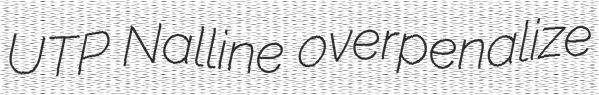
UTP Nalline overpenalize